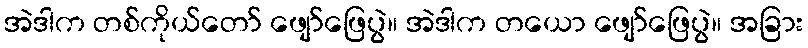
အဲဒါက တစ်ကိုယ်တော် ဖျော်ဖြေပွဲ။ အဲဒါက တယော ဖျော်ဖြေပွဲ။ အခြား